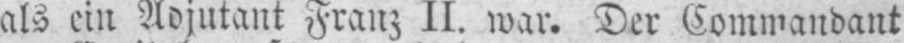
als ein Adjutant Franz II. war. Der Commandant